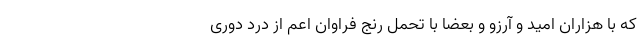
که با هزاران امید و آرزو و بعضا با تحمل رنج فراوان اعم از درد دوری